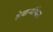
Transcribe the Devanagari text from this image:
शेजाऱ्यांपेक्षा